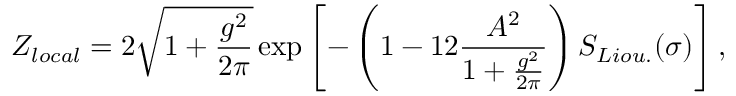
{ \cal Z } _ { l o c a l } = 2 \sqrt { 1 + { \frac { g ^ { 2 } } { 2 \pi } } } \exp \left[ - \left( 1 - { 1 2 } { \frac { A ^ { 2 } } { 1 + { \frac { g ^ { 2 } } { 2 \pi } } } } \right) S _ { L i o u . } ( \sigma ) \right] ,